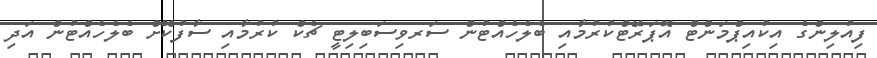
ފިއުލިންގެ އިކުއިޕްމަންޓް އޮޕަރޭޓްކުރުމާއި ބެލެހެއްޓުން ސަރވިސަބިލިޓީ ޗެކް ކުރުމާއި ސާފުކޮށް ބެލެހެއްޓުން އަދި